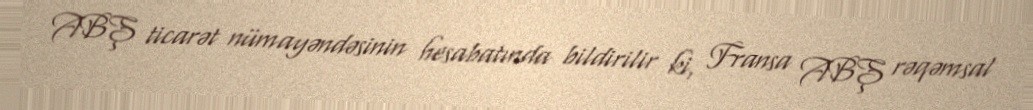
ABŞ ticarət nümayəndəsinin hesabatında bildirilir ki, Fransa ABŞ rəqəmsal